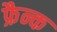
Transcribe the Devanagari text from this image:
फ्रैन्क